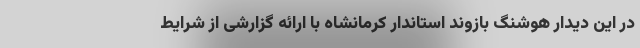
در این دیدار هوشنگ بازوند استاندار کرمانشاه با ارائه گزارشی از شرایط